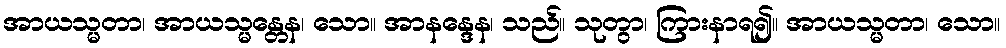
အာယသ္မတာ၊ အာယသ္မန္တေန၊ သော။ အာနန္ဒေန၊ သည်။ သုတွာ၊ ကြားနာရ၍။ အာယသ္မတာ၊ သော။